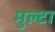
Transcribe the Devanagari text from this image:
मुल्टा